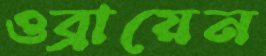
ওব্রায়েন